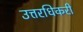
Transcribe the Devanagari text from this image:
उत्तरधिकरी